King Institute of Preventive Medicine Micro-Biological Section reports 1909-11
Year: 1909
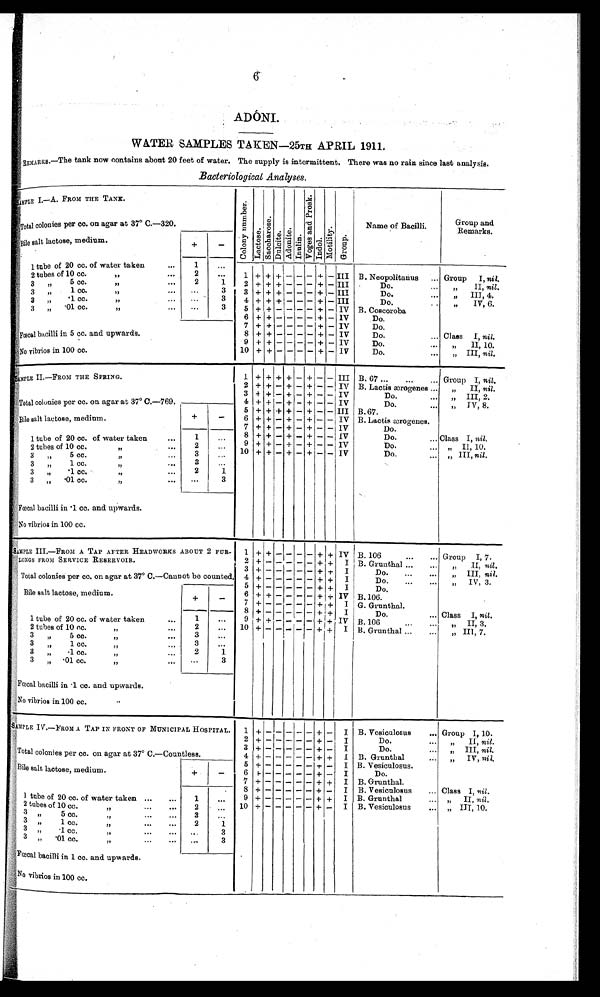
6
ADÓNI.
WATER SAMPLES TAKEN-25TH APRIL 1911.
REMARKS.-The tank now contains about 20 feet of water. The supply is intermittent. There was no rain since last analysis.
Bacteriological Analyses .
SAMPLE I.-A. FROM THE TANK.
C o l o n y n u mb e r . Lact ose. Sa c c ha r os e . Dul ci t e. Adoni t e. Inulin.
V o g e s a n d P r o s k .
Indol. Mot i l i t y. Group.
Name of Bacilli.
Group and
Remarks.
T o t a l c o l o n i e s p e r c c . o n a g a r a t 3 7° C . - 3 2 0 .
Bile salt lactose, medium.
+ -
1 tube of 20 cc. of water taken
...
1
...
1 +
+ +
- - - + -
III B. Neopolitanus
... Group I, nil.
2 tubes of 10 cc.
„
2
. . .
3 „ 5 cc.
„...
2
1
2 + + + - - - + - III
Do.
„ II, nil.
3 „ 1 cc.
„
. . .
3
3 + + + - - - + - III
Do.
...
„ III, 4.
3 „ .1 cc. „
. . .
3
4 + + + - - - + - III
Do...
„ IV, 6.
3 „ . 0 1 c c . „
. . .
3
5 + + - - - - + - IV B. Coscoroba
6
+ + - - - - + - IV
Do.
7 + + - - - - + - IV
Do.
Fœcal bacilli in 5 cc. and upwards.
8 + + - - - - + - IV
Do.
... Class I, nil.
9
+ + - - - - + - IV
Do.
...
„ II, 10.
No vibrios in 100 cc.
10 + + - - - - + - IV
Do.
. . . „ III, nil.
SAMPLE II.-FROM THE SPRING.
1 + + +
+ - +
- - III B. 67 ...
...
. . . Group I, nil.
2 + +
- +
- +
- - IV B. Lactis ærogenes ...
„ II, nil.
T o t a l c o l o n i e s p e r c c . o n a g a r a t 3 7° C . - 7 6 9 .
3
+ + - + - +
- - IV
Do.
...
„ III, 2.
4 + +
- +
- +
- - IV
Do.
„ I V , 8 .
5 + + + +
- +
- - III B.67.
Bile salt lactose, medium.
+
-
6 + +
- +
- +
- - IV B. Lactis ærogenes.
7 + +
- +
- +
- - IV
Do.
1 tube of 20 cc. of water taken
...
1
. . .
8 + +
- +
- + - - IV
Do.
... Class I, nil.
9 + +
- +
- + - - IV
Do.
„ I I , 1 0 .
2 tubes of 10 cc.
2
...
10 + +
- +
- + - -
I V
Do.
„ III, nil.
3 „ 5 cc.
,,
...
3
. . .
... „
3 „ 1 cc.
„
...
3
. . .
3 „ .1 cc.
„
...
2
1
3 „ .01 cc. „
. . .
3
Fœcal bacilli in .1 cc. and upwards.
No vibrios in 100 cc.
SAMPLE III.-FROM A TAP AFTER HEADWORKS ABOUT 2 FUR
¬LONGS FROM SERVICE RESERVOIR.
1
+ +
- - - - + + IV B. 106
...
. . . Group I, 7.
2 + -
- - - - + +
I B. Grunthal
„ I I ,
n i l .
Total colonies per cc. on agar at 37° C.-Cannot be counted.
3 + -
- - - - + +
I
Do.
„ III, nil.
4 + -
- - - - + +
I
Do.
„ IV, 3.
5 + -
- - - - + + I
Do.
Bi l e sal t l act ose, medi um.
+
-
6 + +
- - - - + + IV B. 106.
7 + -
- - - - + + I G. Grunthal.
8 + -
- - - - + + I
Do.
... Class I, nil.
1 tube of 20 cc. of water taken
...
1
...
9 + +
- - - - + + IV B. 106
...
...
„ II, 3.
2
. . .
10 + -
- - - - +
+
I B. Grunthal ..
...
„ III, 7.
2 tubes of 10 cc.
„
3 „ 5 cc.
„
...
3
. . .
3 „ 1 cc.
„
3
. . .
3 „ .1 cc.
,,
...
2
1
3 „ .01 cc.
„
...
. . .
3
Fœcal bacilli in .1 cc. and upwards.
No vibrios in
100 cc.
SAMPLE IV.-FROM A TAP IN FRONT OF MUNICIPAL HOSPITAL
.
1 +
- -
- - -
+
- I B. Vesiculosus
... Group I, 10.
2 + - -
- - - +
- I
Do.
„ I I ,
n i l .
Total colonies per cc. on agar at 37° C.-Countless.
3
+ - -
- - - +
- I
Do.
...
„ III, nil.
4
+ - -
- - - + + I B. Grunthal
„ I V ,n
i l .
Bile salt lactose, medium.
+
- 5
+ - -
- - - + - I B. Vesiculosus.
6
+ - -
- - - +
- I
Do.
7
+ - -
- - - + +
I B. Grunthal.
1 tube of 20 cc. of water taken ... ...
1
...
8 + - -
- - - +
- I B. Vesiculosus
... Class I, nil.
9
+ - -
- - - + + I B. Grunthal
... „ II, nil.
2 tubes of 10 cc. „
2
. . . 10 + - -
- - - +
- I B. Vesiculosus
... „ III, 10.
3 „ 5 cc. „
3
. . .
3 „ 1 cc. ,,
...
...
2
1
3 „ .1 cc. „...
...
...
3
3 „ .01 cc. „
...
...
3
Fœcal bacilli in 1 cc. and upwards.
No vibrios in 100 cc.